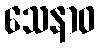
သေနာဝ